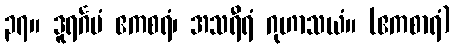
၃၇။ ဒူရင်္ဂမံ ဧကစရံ၊ အသရီရံ ဂုဟာသယံ။ (ဧကစာရံ)